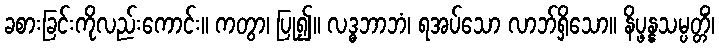
ခစားခြင်းကိုလည်းကောင်း။ ကတွာ၊ ပြု၍။ လဒ္ဓဘာဘံ၊ ရအပ်သော လာဘ်ရှိသော။ နိပ္ဖန္နသမ္ပတ္တိံ၊